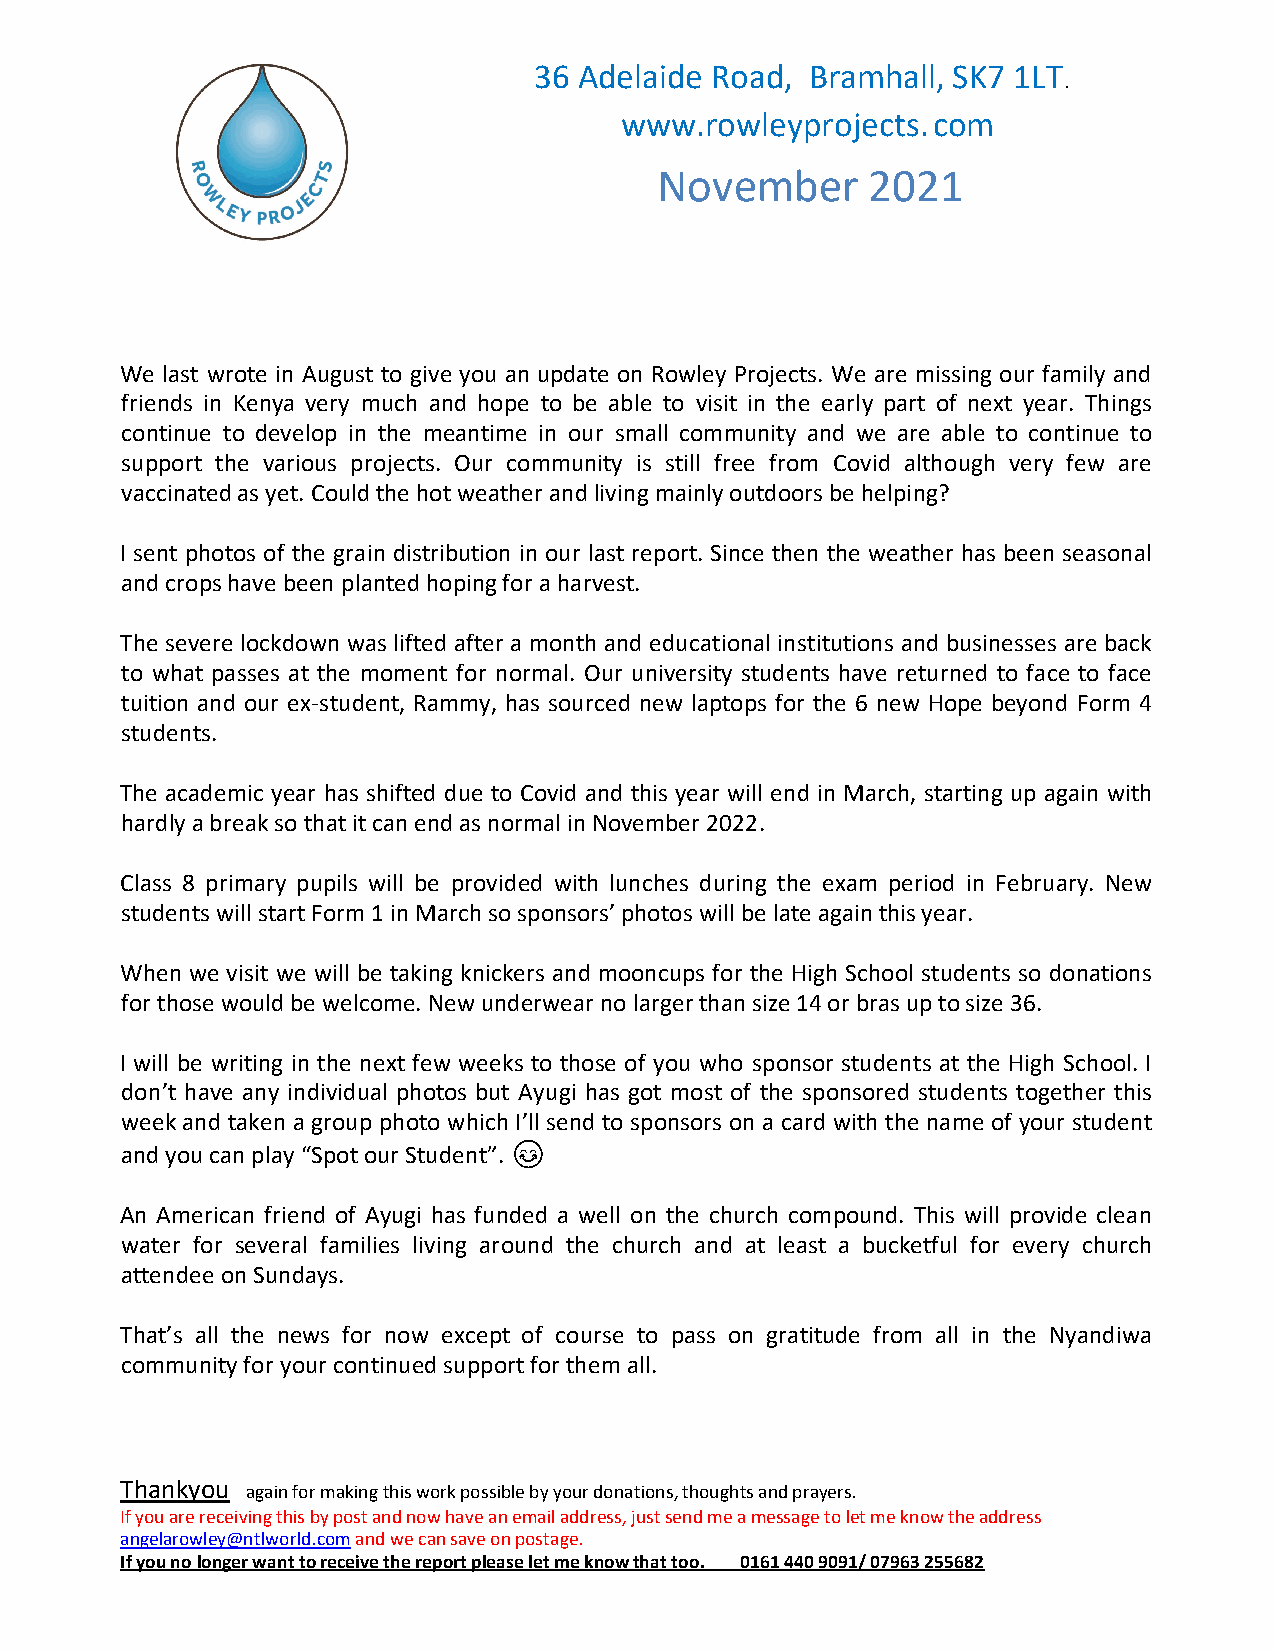
36 Adelaide Road,  Bramhall, SK7 1LT
 .
 www.rowleyprojects.com
 November       2021
 We last wrote in August to give you an update on Rowley Projects. We are missing our family and
 friends in Kenya very much and hope to be able to visit in the early part of next year. Things
 continue to develop in the meantime in our small community and we are able to continue to
 support the various projects. Our community is still free from Covid although very few are
 vaccinated as yet. Could the hot weather and living mainly outdoors be helping?
 I sent photos of the grain distribution in our last report. Since then the weather has been seasonal
 and crops have been planted hoping for a harvest.
 The severe lockdown was lifted after a month and educational institutions and businesses are back
 to what passes at the moment for normal. Our university students have returned to face to face
 tuition and our ex-student, Rammy, has sourced new laptops for the 6 new Hope beyond Form 4
 students.
 The academic year has shifted due to Covid and this year will end in March, starting up again with
 hardly a break so that it can end as normal in November 2022.
 Class 8 primary pupils will be provided with lunches during the exam period in February. New
 students will start Form 1 in March so sponsors’ photos will be late again this year.
 When we visit we will be taking knickers and mooncups for the High School students so donations
 for those would be welcome. New underwear no larger than size 14 or bras up to size 36.
 I will be writing in the next few weeks to those of you who sponsor students at the High School. I
 don’t have any individual photos but Ayugi has got most of the sponsored students together this
 week and taken a group photo which I’ll send to sponsors on a card with the name of your student
 and you can play “Spot our Student”. 😊
 An American friend of Ayugi has funded a well on the church compound. This will provide clean
 water for several families living around the church and at least a bucketful for every church
 attendee on Sundays.
 That’s all the news for now except of course to pass on gratitude from all in the Nyandiwa
 community for your continued support for them all.
 Thankyou again for making this work possible by your donations, thoughts and prayers.
 If you are receiving this by post and now have an email address, just send me a message to let me know the address
 angelarowley@ntlworld.com and we can save on postage.
 If you no longer want to receive the report please let me know that too. 0161 440 9091/ 07963 255682